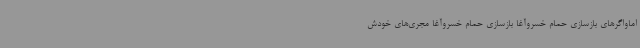
اماواگرهای بازسازی حمام خسروآغا بازسازی حمام خسروآغا مجری‌های خودش